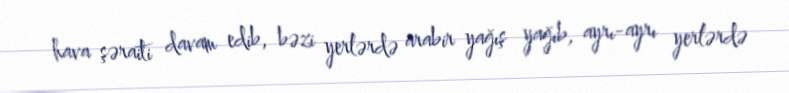
hava şəraiti davam edib, bəzi yerlərdə arabir yağış yağıb, ayrı-ayrı yerlərdə